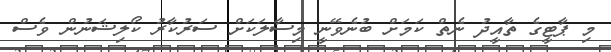
މި ޕާޓީގެ ތާއީދު ނެތް ކަމަށް ބުނެވޭނީ މިސާލަކަށް ސަރުކާރު ކޯލިޝަނުން ވެސް